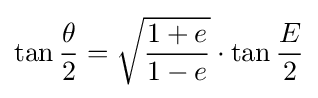
\tan {\frac {\theta }{2}}={\sqrt {\frac {1+e}{1-e}}}\cdot \tan {\frac {E}{2}}